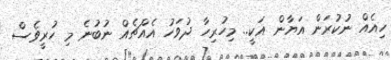
ހިއެއް ނުކުރަން އަޔާން އަކީ.. މިހުރިހާ ދުވަހު އެއްޗެއް ނުބުނެ މި ހުރީވެސް